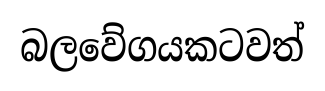
බලවේගයකටවත්